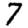
Digit: 7